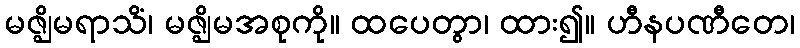
မဇ္ဈိမရာသိံ၊ မဇ္ဈိမအစုကို။ ထပေတွာ၊ ထား၍။ ဟီနပဏီတေ၊